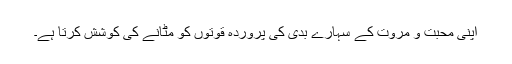
اپنی محبت و مروت کے سہارے بدی کی پروردہ قوتوں کو مٹانے کی کوشش کرتا ہے۔